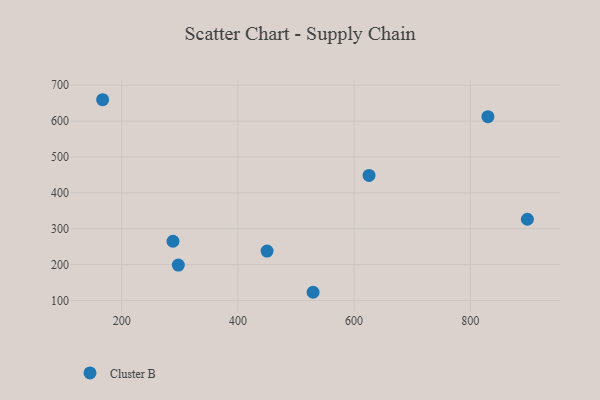
{"axis": {"x": "Ad Spend", "y": "Salary"}, "legend": ["Cluster B"], "data": [{"x": "529.4", "y": 123.2, "type": "Cluster B"}, {"x": "830.3", "y": 612.5, "type": "Cluster B"}, {"x": "288.3", "y": 265.3, "type": "Cluster B"}, {"x": "625.7", "y": 448.7, "type": "Cluster B"}, {"x": "297.5", "y": 199.1, "type": "Cluster B"}, {"x": "450.2", "y": 238.1, "type": "Cluster B"}, {"x": "898.2", "y": 326.6, "type": "Cluster B"}, {"x": "167.2", "y": 659.6, "type": "Cluster B"}]}